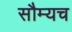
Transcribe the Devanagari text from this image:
सौम्यच